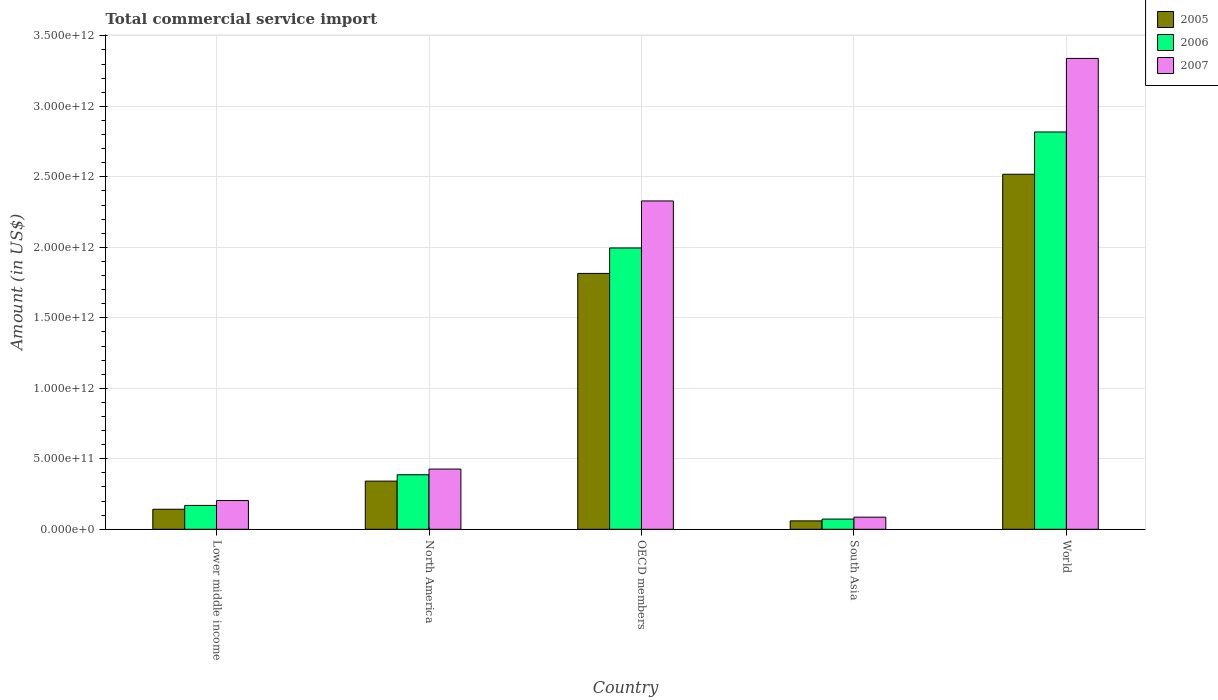
| Country | 2005 | 2006 | 2007 |
 | --- | --- | --- | --- |
 | Lower middle income | 1.42e+11 | 1.69e+11 | 2.04e+11 |
 | North America | 3.42e+11 | 3.87e+11 | 4.27e+11 |
 | OECD members | 1.81e+12 | 2e+12 | 2.33e+12 |
 | South Asia | 5.96e+10 | 7.25e+10 | 8.6e+10 |
 | World | 2.52e+12 | 2.82e+12 | 3.34e+12 |